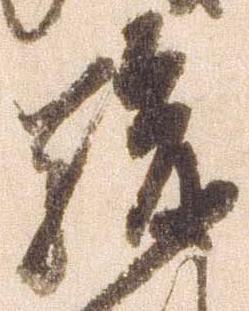
駿